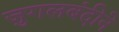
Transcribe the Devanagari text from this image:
जुगलबंदीने